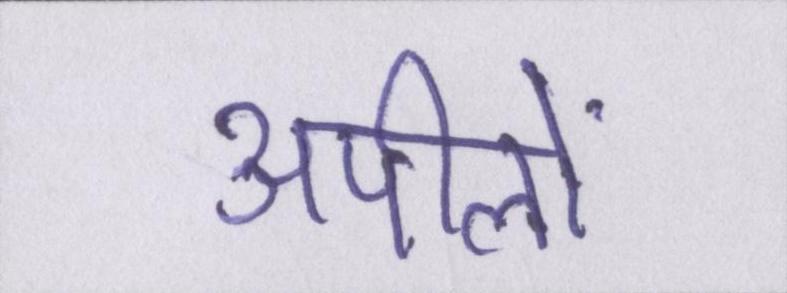
अपीलों